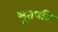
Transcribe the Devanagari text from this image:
भूतपति